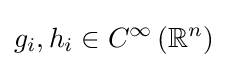
g_{i},h_{i}\in C^{\infty }\left(\mathbb {R} ^{n}\right)